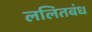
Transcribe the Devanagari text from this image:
ललितबंध